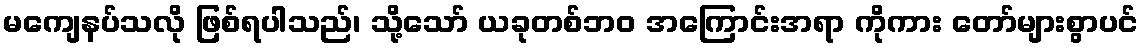
မကျေနပ်သလို ဖြစ်ရပါသည်၊ သို့သော် ယခုတစ်ဘဝ အကြောင်းအရာ ကိုကား တော်များစွာပင်